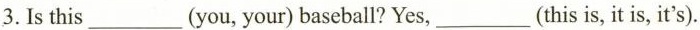
3. Is this_(you, your) baseball? Yes,_(this is, it is, it's).